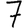
Digit: 7